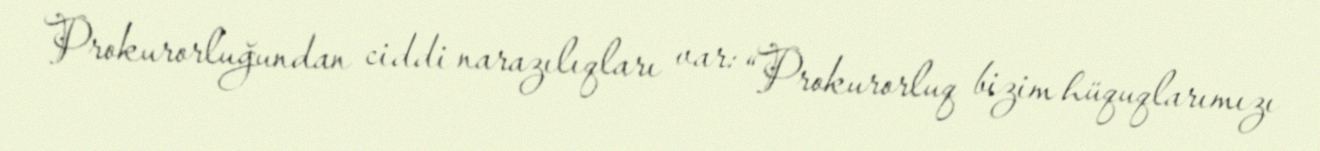
Prokurorluğundan ciddi narazılıqları var: “Prokurorluq bizim hüquqlarımızı